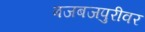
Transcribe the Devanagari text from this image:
बजबजपुरीवर